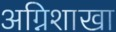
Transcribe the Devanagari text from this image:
अग्निशाखा